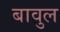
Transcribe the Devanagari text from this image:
बावुल